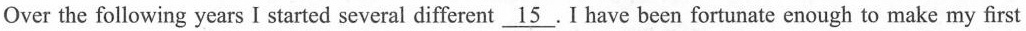
Over the following years I started several different \underline{15} . I have been fortunate enough to make my first